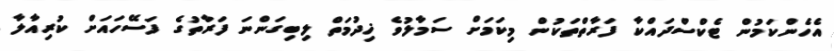
އެހެންކަމުން ޓެކްސްދައްކާ ފަރާތްތަކުން މިކަމަށް ސަމާލުވެ ޚިދުމަތް ލިބިގަންނަ ފަރާތުގެ ފަސޭހައަށް ކުރިއާލާ